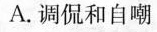
A.调侃和自嘲